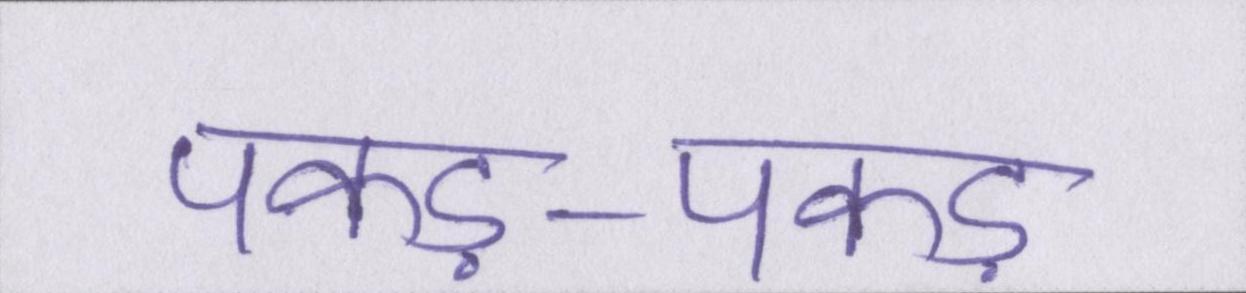
पकड़-पकड़